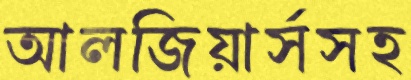
আলজিয়ার্সসহ